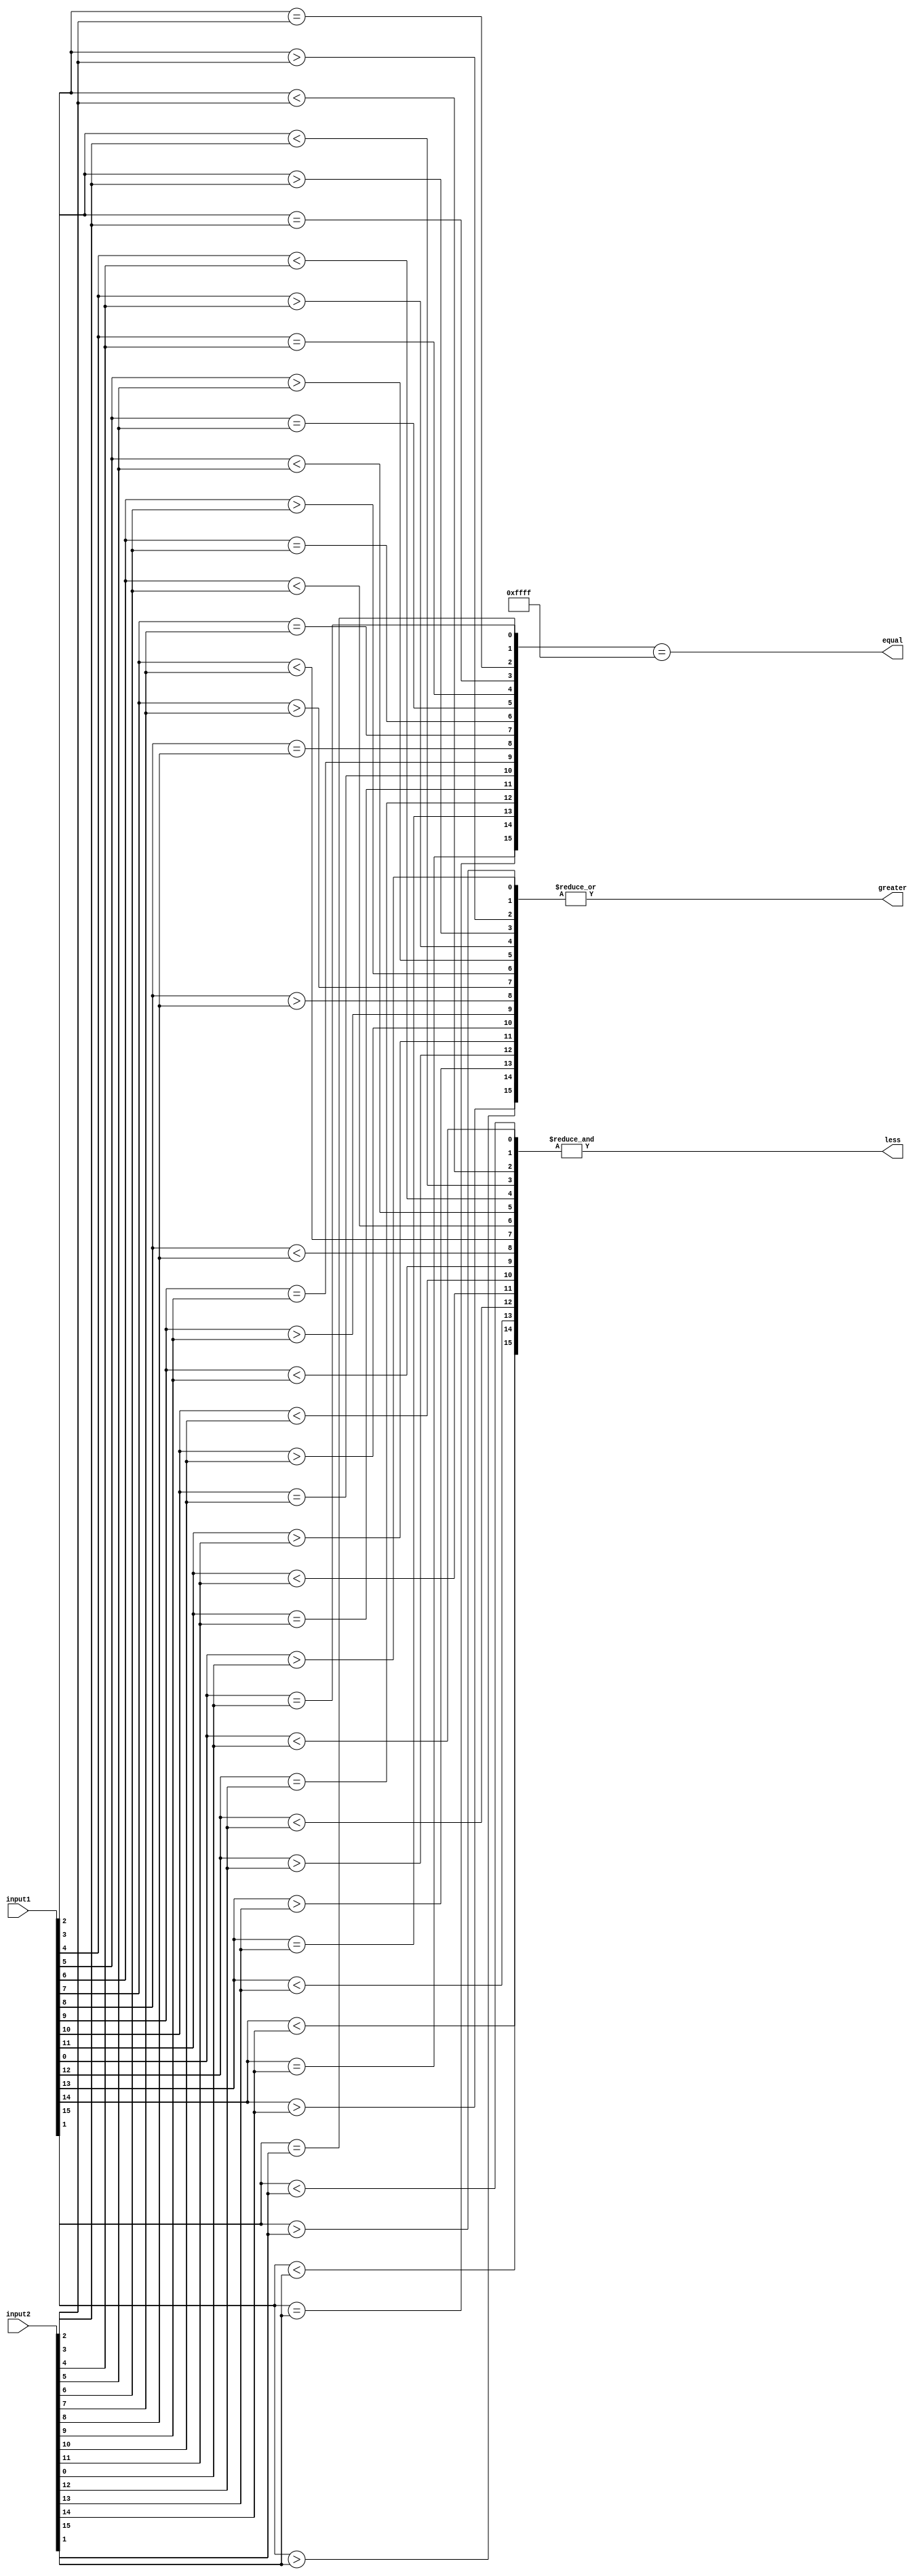
module comparator (
    input [15:0] input1,
    input [15:0] input2,
    output equal,
    output greater,
    output less
);

reg [15:0] bit_eq;
reg [15:0] bit_gt;
reg [15:0] bit_lt;

assign equal = (bit_eq == 16'b1111_1111_1111_1111);
assign greater = |bit_gt;
assign less = &bit_lt;

genvar i;
generate
    for (i = 0; i < 16; i = i + 1) begin
        assign bit_eq[i] = (input1[i] == input2[i]);
        assign bit_gt[i] = (input1[i] > input2[i]);
        assign bit_lt[i] = (input1[i] < input2[i]);
    end
endgenerate

endmodule